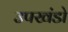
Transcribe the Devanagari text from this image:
उपखंडो